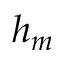
h _ { m }